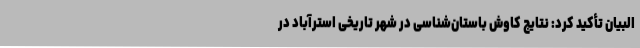
البیان تأکید کرد: نتایج کاوش باستان‌شناسی در شهر تاریخی استرآباد در